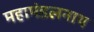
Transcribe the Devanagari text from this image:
महामंडलनाथ